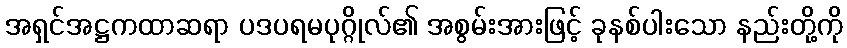
အရှင်အဋ္ဌကထာဆရာ ပဒပရမပုဂ္ဂိုလ်၏ အစွမ်းအားဖြင့် ခုနစ်ပါးသော နည်းတို့ကို